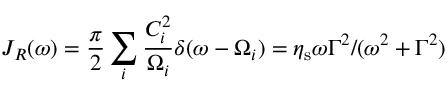
J _ { R } ( \omega ) = \frac { \pi } { 2 } \sum _ { i } \frac { C _ { i } ^ { 2 } } { \Omega _ { i } } \delta ( \omega - \Omega _ { i } ) = \eta _ { \mathrm { s } } \omega \Gamma ^ { 2 } / ( \omega ^ { 2 } + \Gamma ^ { 2 } )